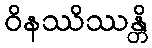
ဝိနဿိဿန္တိ